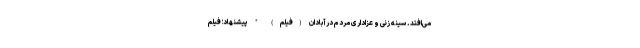
می‌افتد. سینه زنی و عزاداری مردم در آبادان (فیلم) * پیشنهاد؛ فیلم‌